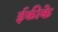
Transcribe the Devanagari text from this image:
ईकीके